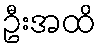
ဦးအထိ